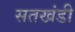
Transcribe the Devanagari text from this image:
सतखंडी